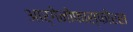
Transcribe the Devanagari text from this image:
आर्गेनोफास्फोरस